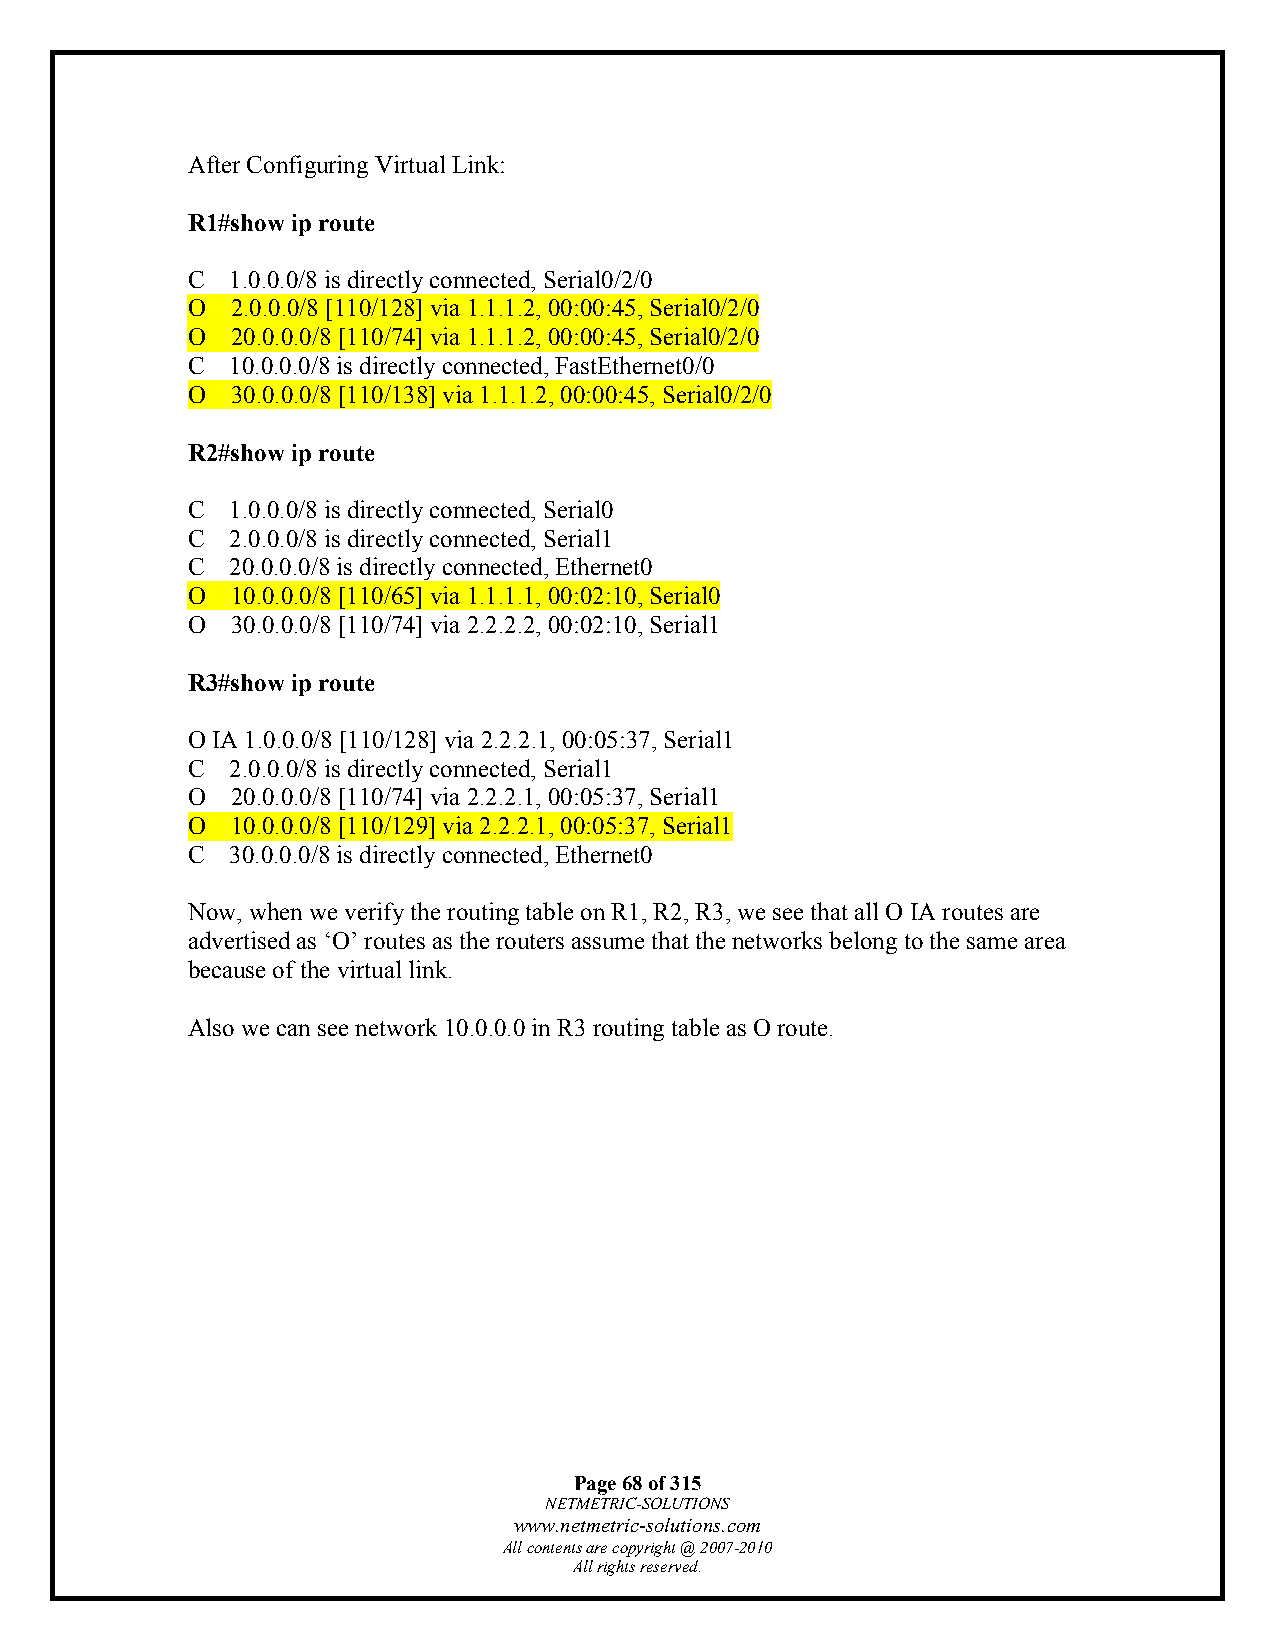
After Configuring Virtual Link:
 R1#show ip route
 C  1.0.0.0/8 is directly connected, Serial0/2/0
 O  2.0.0.0/8 [110/128] via 1.1.1.2, 00:00:45, Serial0/2/0
 O  20.0.0.0/8 [110/74] via 1.1.1.2, 00:00:45, Serial0/2/0
 C  10.0.0.0/8 is directly connected, FastEthernet0/0
 O  30.0.0.0/8 [110/138] via 1.1.1.2, 00:00:45, Serial0/2/0
 R2#show ip route
 C  1.0.0.0/8 is directly connected, Serial0
 C  2.0.0.0/8 is directly connected, Serial1
 C  20.0.0.0/8 is directly connected, Ethernet0
 O  10.0.0.0/8 [110/65] via 1.1.1.1, 00:02:10, Serial0
 O  30.0.0.0/8 [110/74] via 2.2.2.2, 00:02:10, Serial1
 R3#show ip route
 O IA 1.0.0.0/8 [110/128] via 2.2.2.1, 00:05:37, Serial1
 C  2.0.0.0/8 is directly connected, Serial1
 O  20.0.0.0/8 [110/74] via 2.2.2.1, 00:05:37, Serial1
 O  10.0.0.0/8 [110/129] via 2.2.2.1, 00:05:37, Serial1
 C  30.0.0.0/8 is directly connected, Ethernet0
 Now, when we verify the routing table on R1, R2, R3, we see that all O IA routes are
 advertised as ‘O’ routes as the routers assume that the networks belong to the same area
 because of the virtual link.
 Also we can see network 10.0.0.0 in R3 routing table as O route.
 Page 68 of 315
 NETMETRIC-SOLUTIONS
 www.netmetric-solutions.com
 All contents are copyright @ 2007-2010
 All rights reserved.